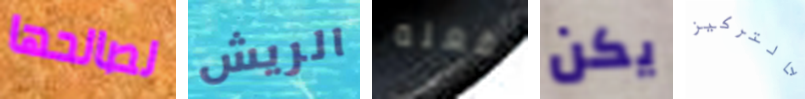
لصالحها الريش بفعله يكن بالتركيز